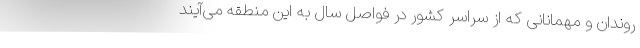
روندان و مهمانانی که از سراسر کشور در فواصل سال به این منطقه می‌آیند